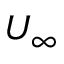
U _ { \infty }